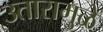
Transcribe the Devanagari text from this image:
उतारामुळे